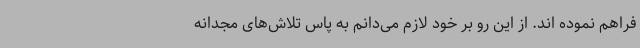
فراهم نموده اند. از این رو بر خود لازم می‌دانم به پاس تلاش‌های مجدانه